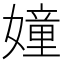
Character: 𮱘